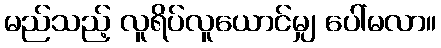
မည်သည့် လူရိပ်လူယောင်မျှ ပေါ်မလာ။